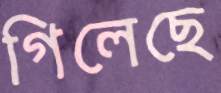
গিলেছে